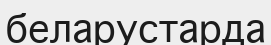
беларустарда